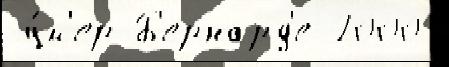
 у́м'ер Б'ернард'е 2000